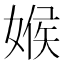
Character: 𡟑